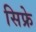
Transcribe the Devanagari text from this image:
सिफ्रे